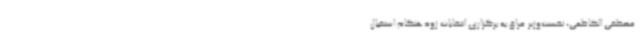
مصطفی الکاظمی، نخست‌وزیر عراق به برگزاری انتخابات زودهنگام استقبال